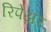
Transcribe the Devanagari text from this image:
रिपेअर